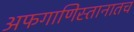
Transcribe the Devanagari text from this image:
अफगाणिस्तानातच